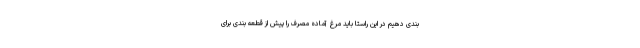
بندی دهیم در این راستا باید مرغ آماده مصرف را پیش از قطعه بندی برای